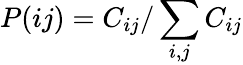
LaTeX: P(ij)=C_{ij}/\sum_{i,j}C_{ij}